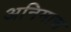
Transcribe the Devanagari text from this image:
अनिमास